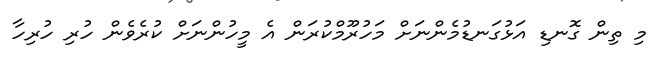
މި ތިން ގޮނޑި އަޅުގަނޑުމެންނަށް މަހުރޫމްކުރަން އެ މީހުންނަށް ކުރެވެން ހުރި ހުރިހާ